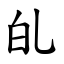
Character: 癿